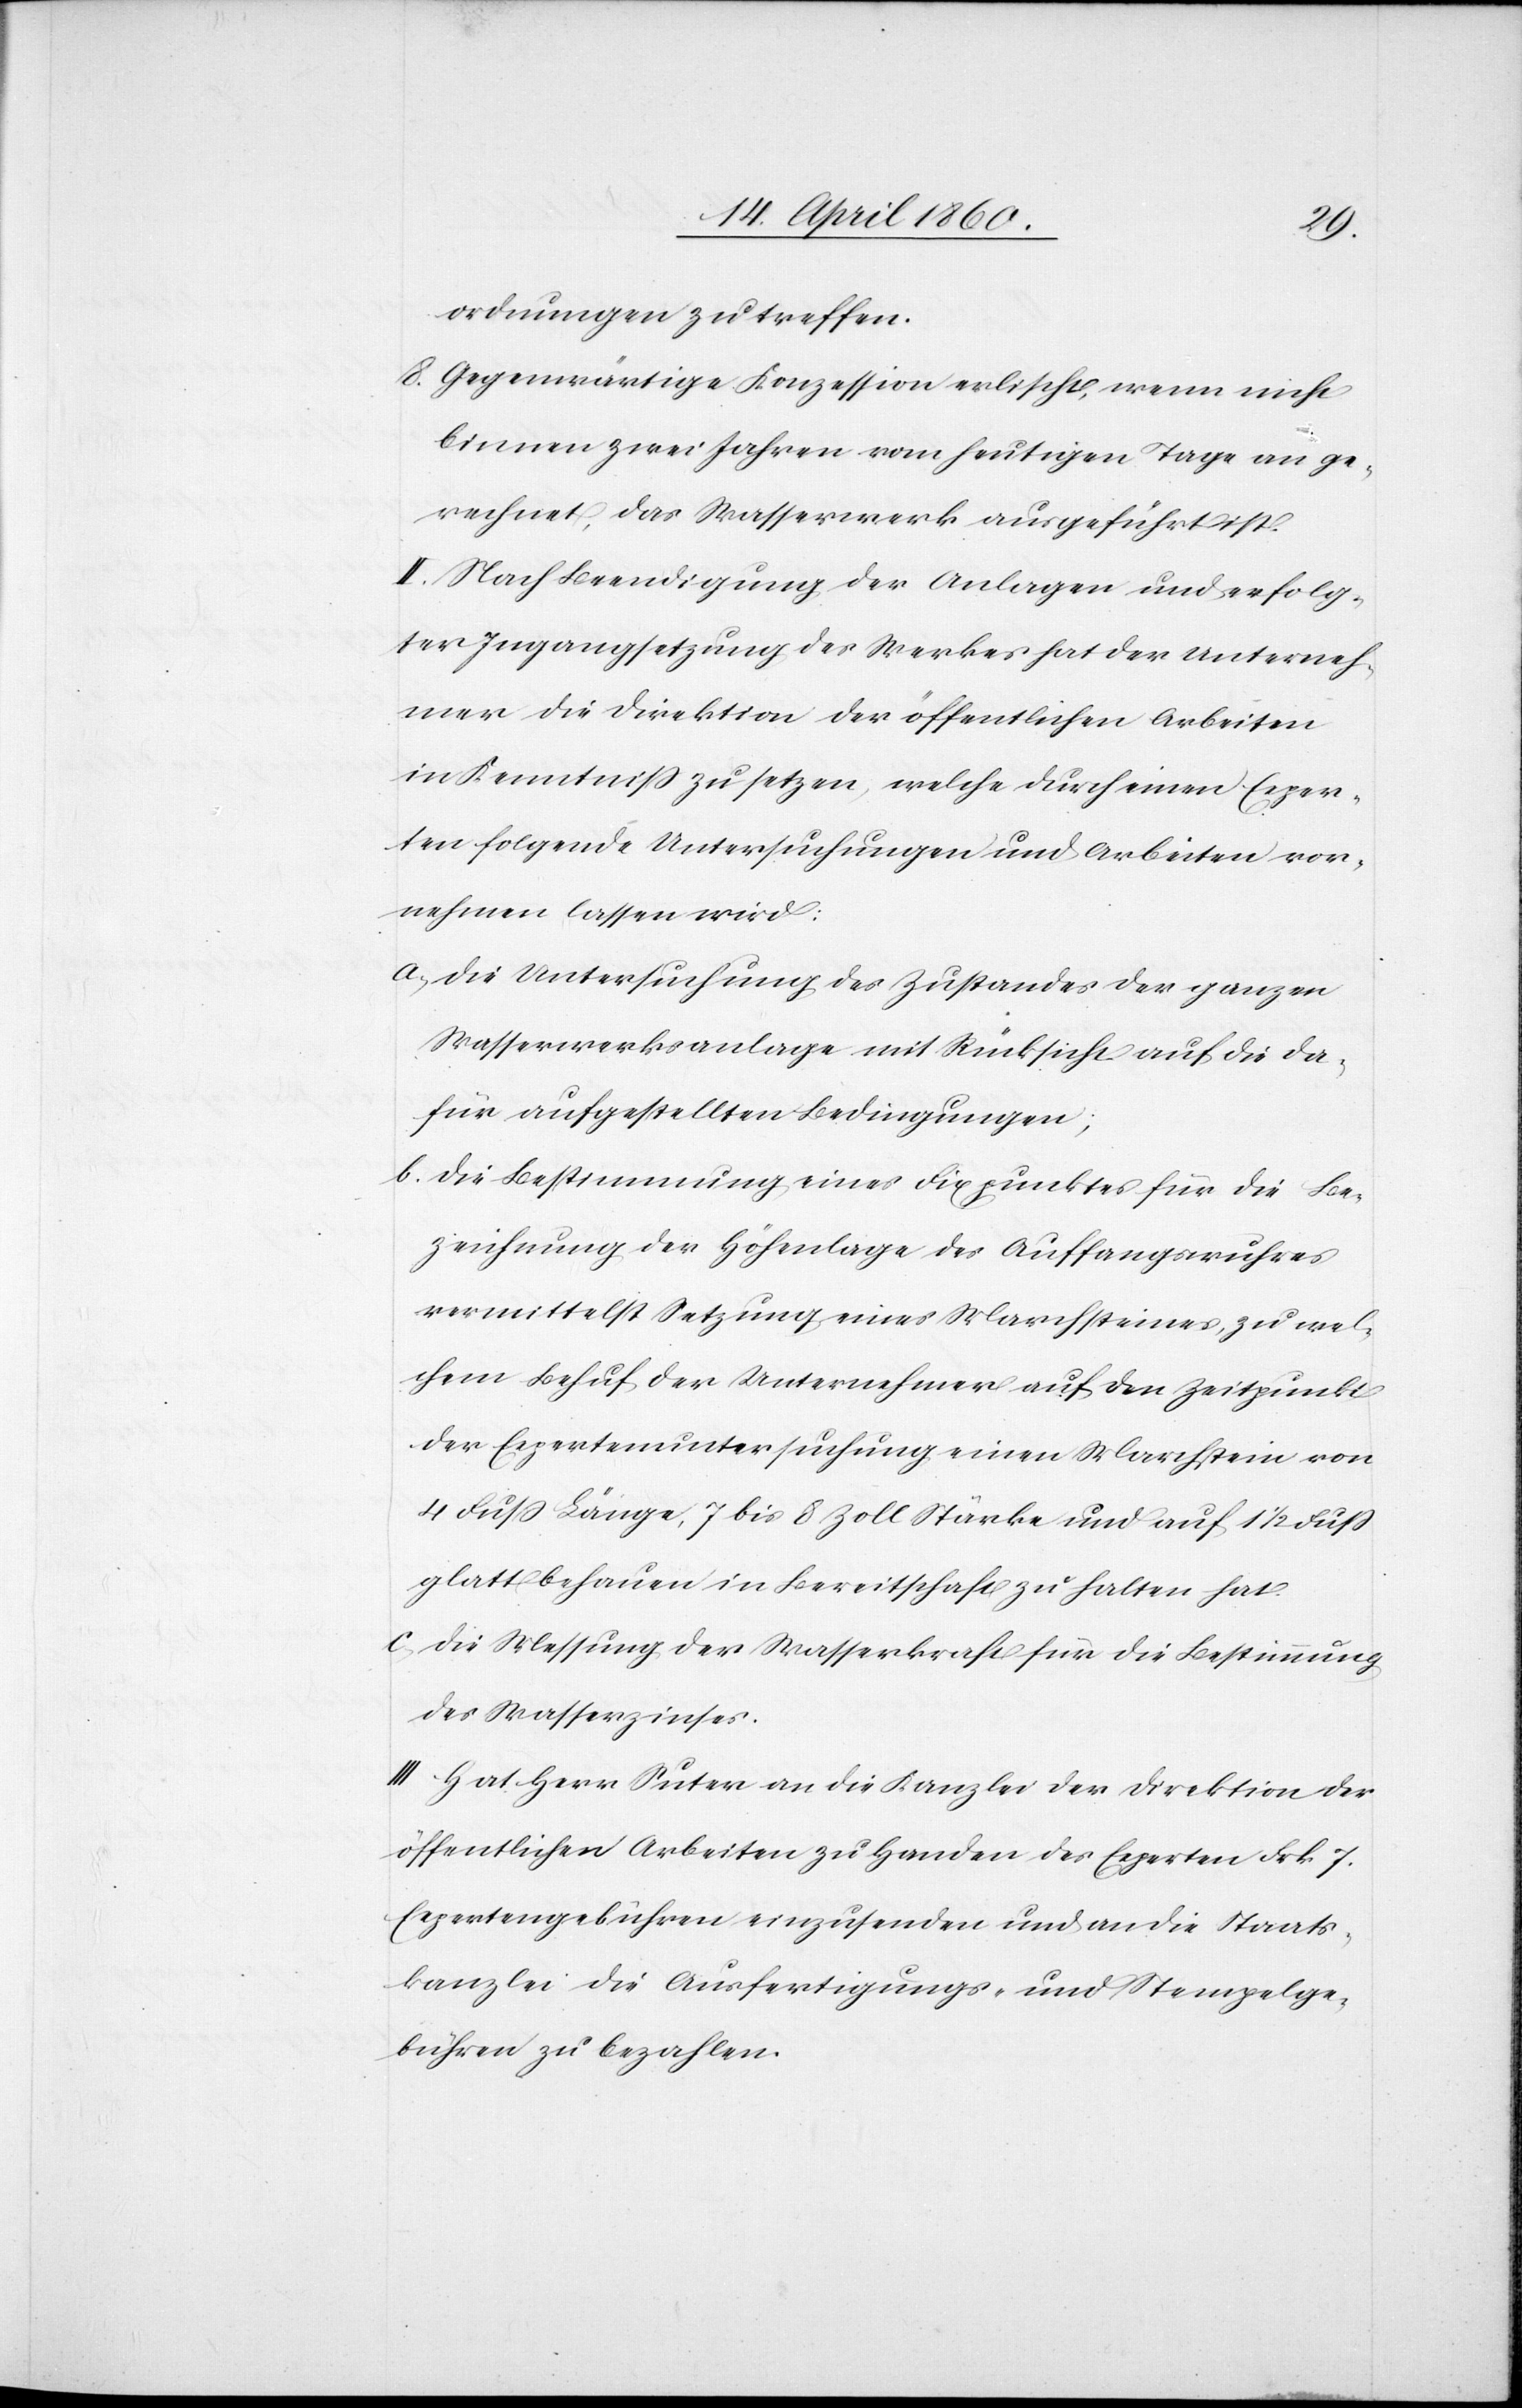
ordnungen zu treffen.
8. Gegenwärtige Konzession erlischt, wenn nicht
binnen zwei Jahren vom heutigen Tage an ge¬
rechnet, das Wasserwerk ausgeführt ist.
II. Nach Beendigung der Anlagen und erfolg¬
ter Ingangsetzung des Werkes hat der Unterneh¬
mer die Direktion der öffentlichen Arbeiten
in Kenntniss zu setzen, welche durch einen Exper¬
ten folgende Untersuchungen und Arbeiten vor¬
nehmen lassen wird:
a. die Untersuchung des Zustandes der ganzen
Wasserwerksanlage mit Rücksicht auf die da¬
für aufgestellten Bedingungen;
b. die Bestimmung eines Fixpunktes für die Be¬
zeichnung der Höhenlage des Auffangwuhres
vermittelst Setzung eines Marchsteines, zu wel¬
chem Behuf der Unternehmer auf den Zeitpunkt
der Expertenuntersuchung einen Marchstein von
4 Fuss Länge, 7 bis 8 Zoll Stärke und auf 1 1/2 Fuss
glattbehauen in Bereitschaft zu halten hat.
c. die Messung der Wasserkraft für die Bestimmung
des Wasserzinses.
III. Hat Herr Suter an die Kanzlei der Direktion der
öffentlichen Arbeiten zu Handen des Experten Frk. 7.
Expertengebühren einzusenden und an die Staats¬
kanzlei die Ausfertigungs- und Stempelge¬
bühren zu bezahlen.